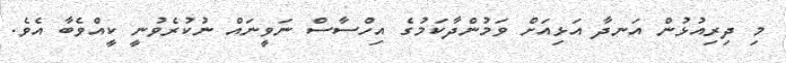
މި ދިރިއުޅުން އަނދާ އަޅިއަށް ވަމުންދާކަމުގެ އިހްސާސް ނަވީނައް ނުކުރެވުނީ ކީއްވެބާ އެވެ.